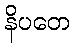
နိပတေ